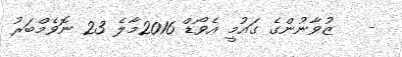
-   ޒުވާނުންގެ ގައުމީ އެވޯޑް 2016މާލެ 23 ނޮވެމްބަރު